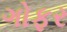
ગોફર